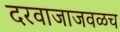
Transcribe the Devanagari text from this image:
दरवाजाजवळच